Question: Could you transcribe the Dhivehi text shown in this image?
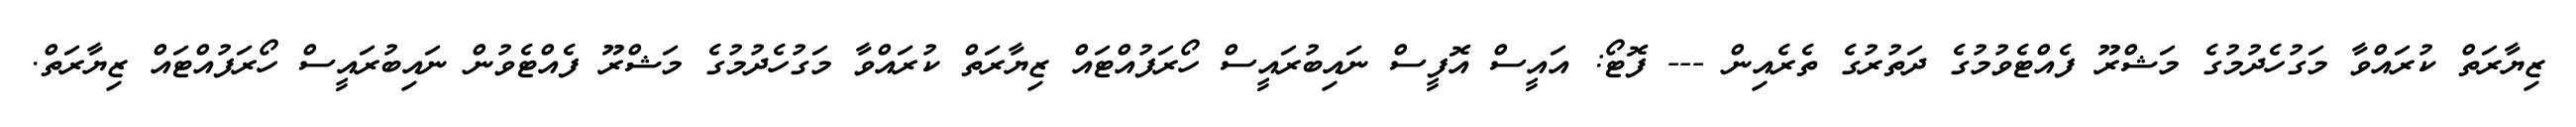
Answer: ޒިޔާރަތް ކުރައްވާ މަގުހެދުމުގެ މަޝްރޫ ފެއްޓެވުމުގެ ދަތުރުގެ ތެރެއިން --- ފޮޓޯ: އައީސް އޮފީސް ނައިބުރައީސް ހޯރަފުއްޓައް ޒިޔާރަތް ކުރައްވާ މަގުހެދުމުގެ މަޝްރޫ ފެއްޓެވުން ނައިބުރައީސް ހޯރަފުއްޓައް ޒިޔާރަތް.